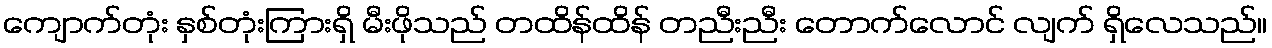
ကျောက်တုံး နှစ်တုံးကြားရှိ မီးဖိုသည် တထိန်ထိန် တညီးညီး တောက်လောင် လျက် ရှိလေသည်။